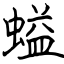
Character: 螠